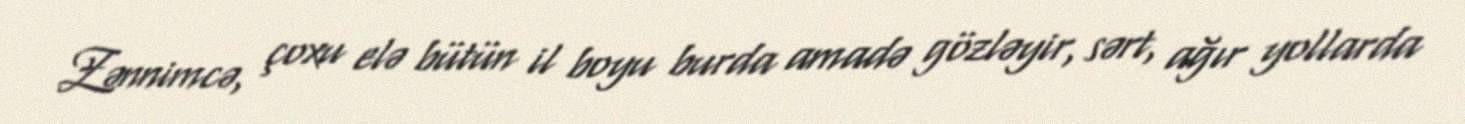
Zənnimcə, çoxu elə bütün il boyu burda amadə gözləyir, sərt, ağır yollarda